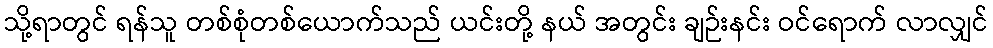
သို့ရာတွင် ရန်သူ တစ်စုံတစ်ယောက်သည် ယင်းတို့ နယ် အတွင်း ချဉ်းနင်း ဝင်ရောက် လာလျှင်